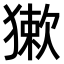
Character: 𤡃